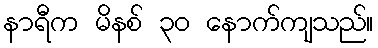
နာရီက မိနစ် ၃၀ နောက်ကျသည်။